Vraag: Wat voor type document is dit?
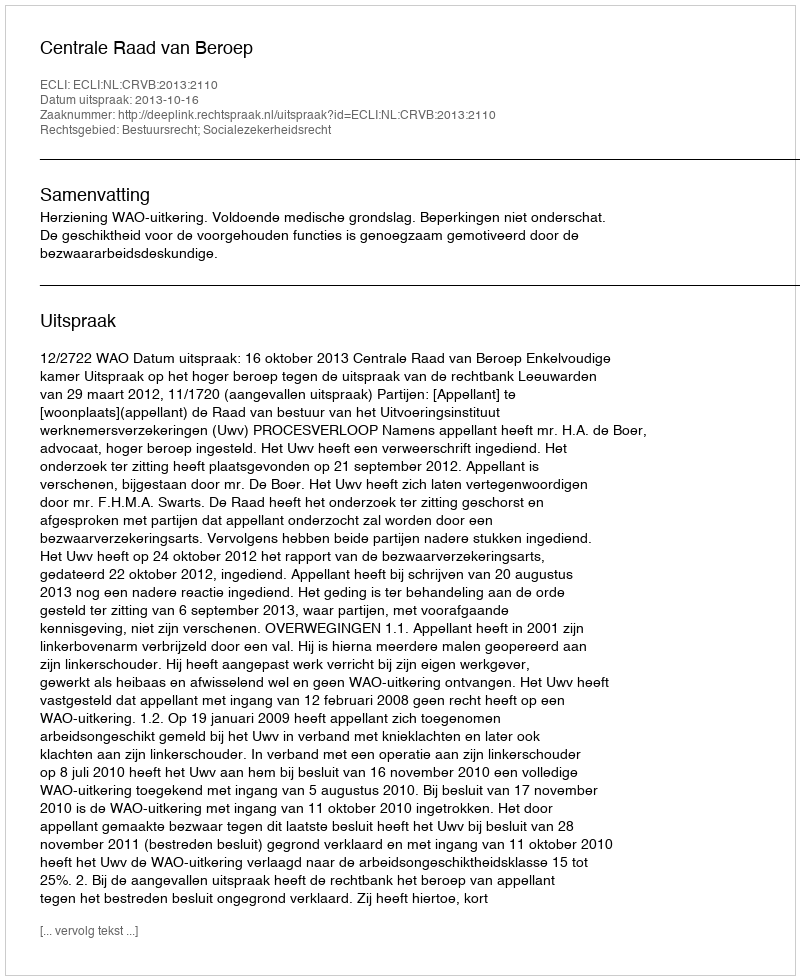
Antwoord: Uitspraak